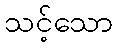
သင့်သော